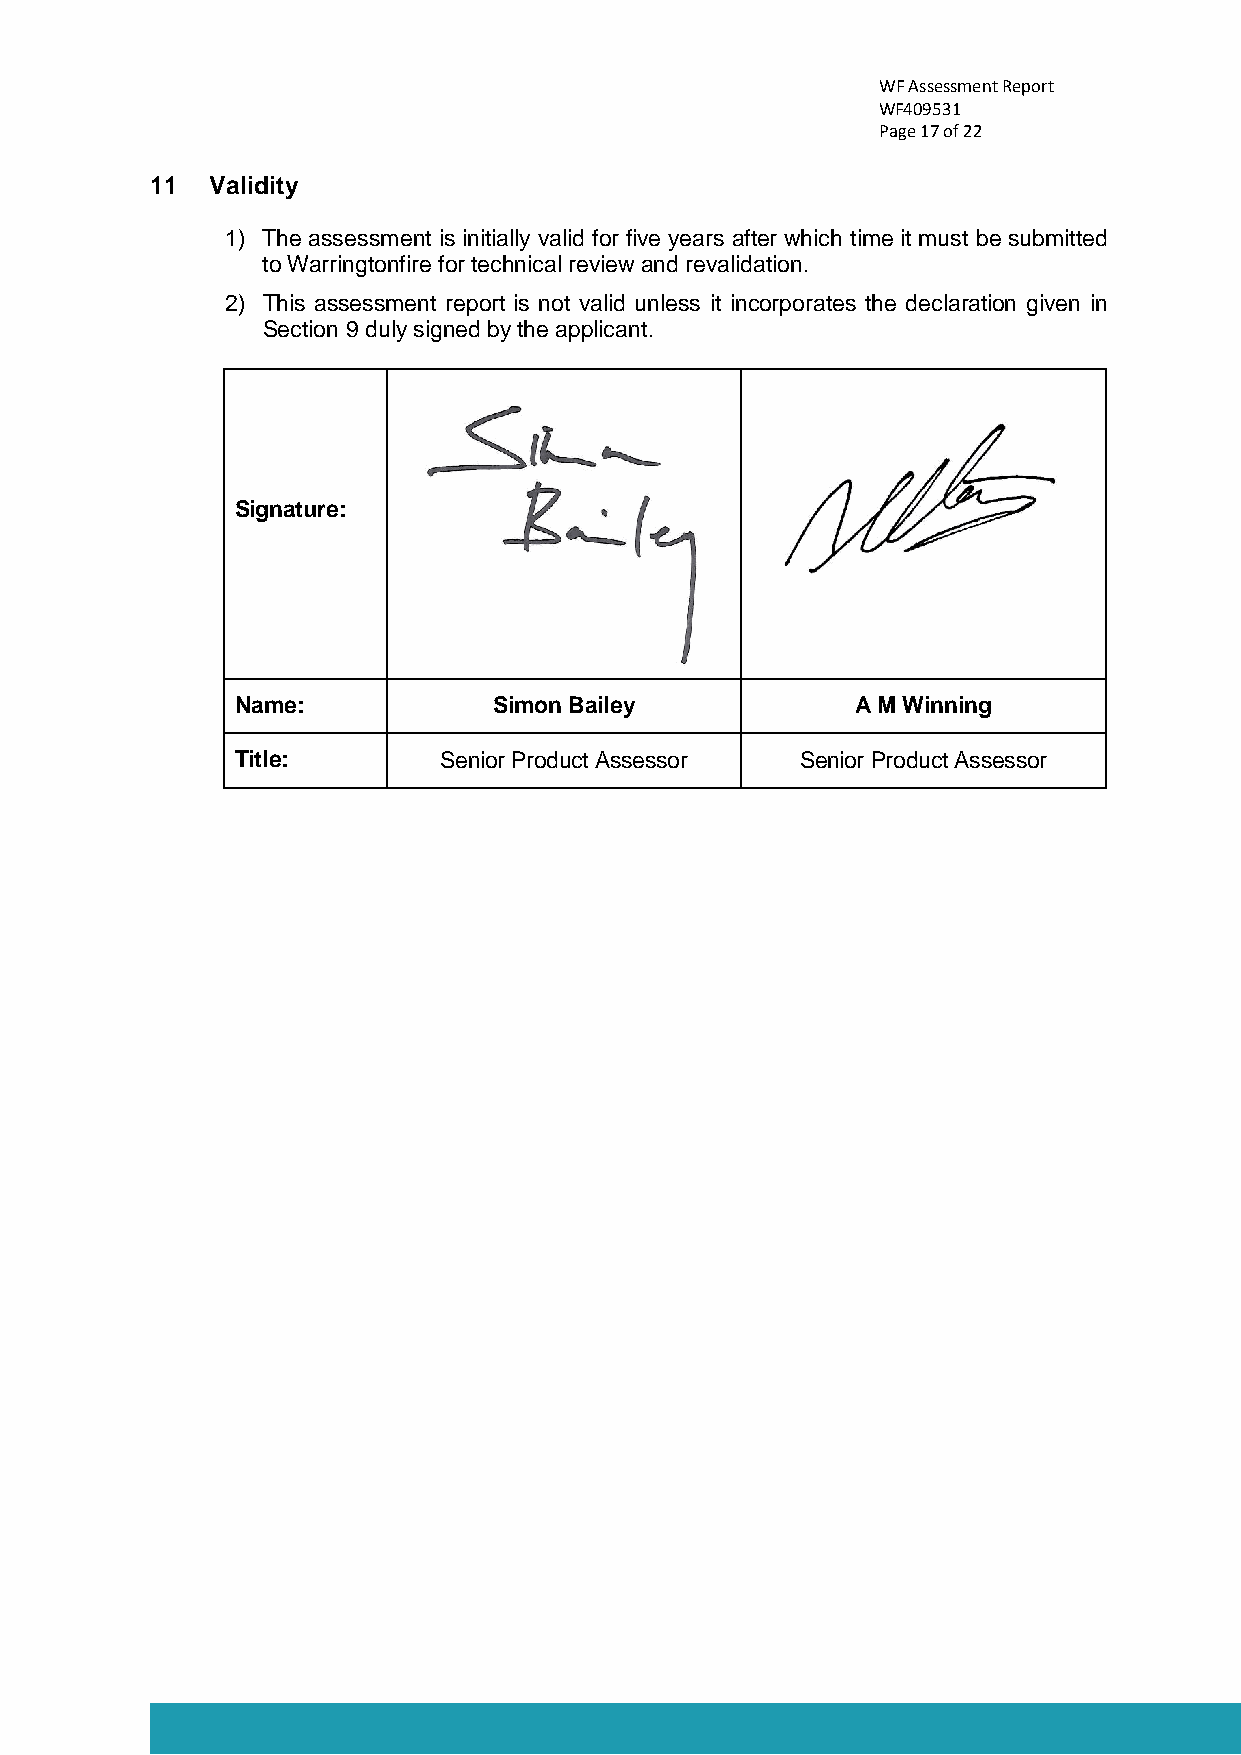
WF Assessment Report
 WF409531
 Page 17 of 22
 11  Validity
 1) The assessment is initially valid for five years after which time it must be submitted
 to Warringtonfire for technical review and revalidation.
 2) This assessment report is not valid unless it incorporates the declaration given in
 Section 9 duly signed by the applicant.
 Signature:
 Name:            Simon Bailey            A M Winning
 Title:       Senior Product Assessor Senior Product Assessor